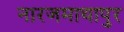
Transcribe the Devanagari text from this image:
नारजमाथापुर